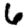
Digit: 6